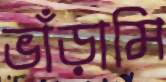
ভাঁড়ামি